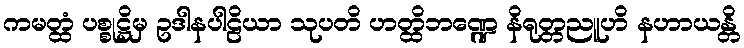
ကမတ္ထံ ပစ္စုဋ္ဌိမှ ဥဒါနပါဠိယာ သုပတိ ဟတ္ထိဘဏ္ဍေ နိရုတ္တညူဟိ နဟာယန္တိ